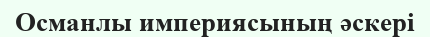
Османлы империясының әскері